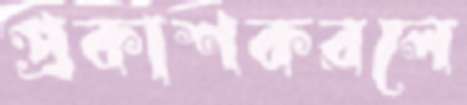
প্রকাশকরলে